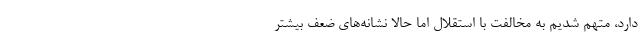
دارد، متهم شدیم به مخالفت با استقلال اما حالا نشانه‌های ضعف بیشتر